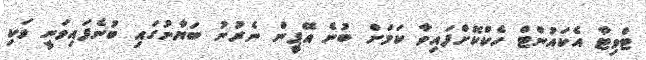
ޓްވިޓާ އެކައުންޓް ހެކްކޮށްފައިވާ ކަމަށް ބުނެ އޭޕީން ނެރުނު ބަޔާނުގައި ބުނެފައިވަނީ ވަކި